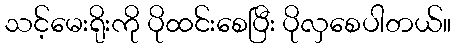
သင့်မေးရိုးကို ပိုထင်းစေပြီး ပိုလှစေပါတယ်။